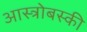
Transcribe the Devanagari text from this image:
आस्त्रोबस्की